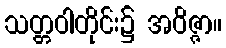
သတ္တဝါတိုင်း၌ အဝိဇ္ဇာ။